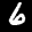
Label: 6